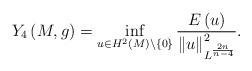
LaTeX: \begin{align*}Y_{4}\left( M,g\right) =\inf_{u\in H^{2}\left( M\right) \backslash \left\{0\right\} }\frac{E\left( u\right) }{\left\Vert u\right\Vert _{L^{\frac{2n}{n-4}}}^{2}}. \end{align*}